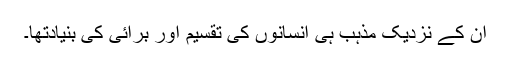
ان کے نزدیک مذہب ہی انسانوں کی تقسیم اور برائی کی بنیادتھا۔